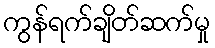
ကွန်ရက်ချိတ်ဆက်မှု